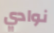
نوادي